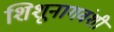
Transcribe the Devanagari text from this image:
शिशूनागवंशी